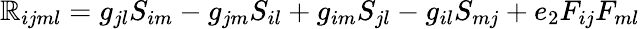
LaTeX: \mathbb{R}_{ijml}=g_{jl}S_{im}-g_{jm}S_{il}+g_{im}S_{jl}-g_{il}S_{mj}+e_{2}F_{ij}F_{ml}